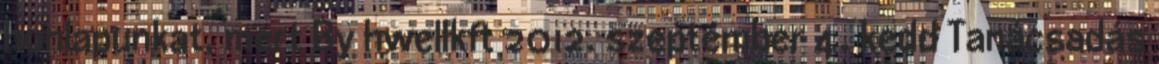
honlapunkat, mert By hwellkft 2012. szeptember 4. kedd Tanácsadás